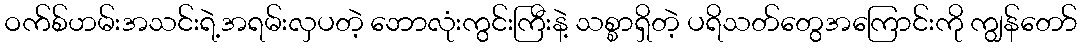
ဝက်စ်ဟမ်းအသင်းရဲ့အရမ်းလှပတဲ့ ဘောလုံးကွင်းကြီးနဲ့ သစ္စာရှိတဲ့ ပရိသတ်တွေအကြောင်းကို ကျွန်တော်